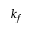
k _ { f }